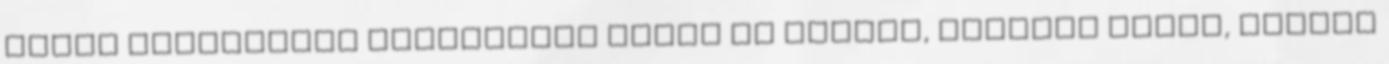
szert használunk kezelésére beton és cement, kerámia tégla, mészkő